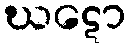
ဃဋော